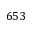
6 5 3